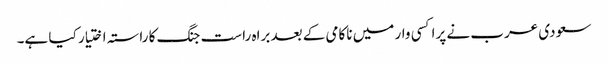
سعودی عرب نے پراکسی وار میں ناکامی کے بعد براہ راست جنگ کا راستہ اختیار کیا ہے۔